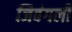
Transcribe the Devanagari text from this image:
जिवंगली